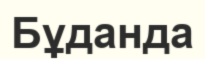
Бұданда